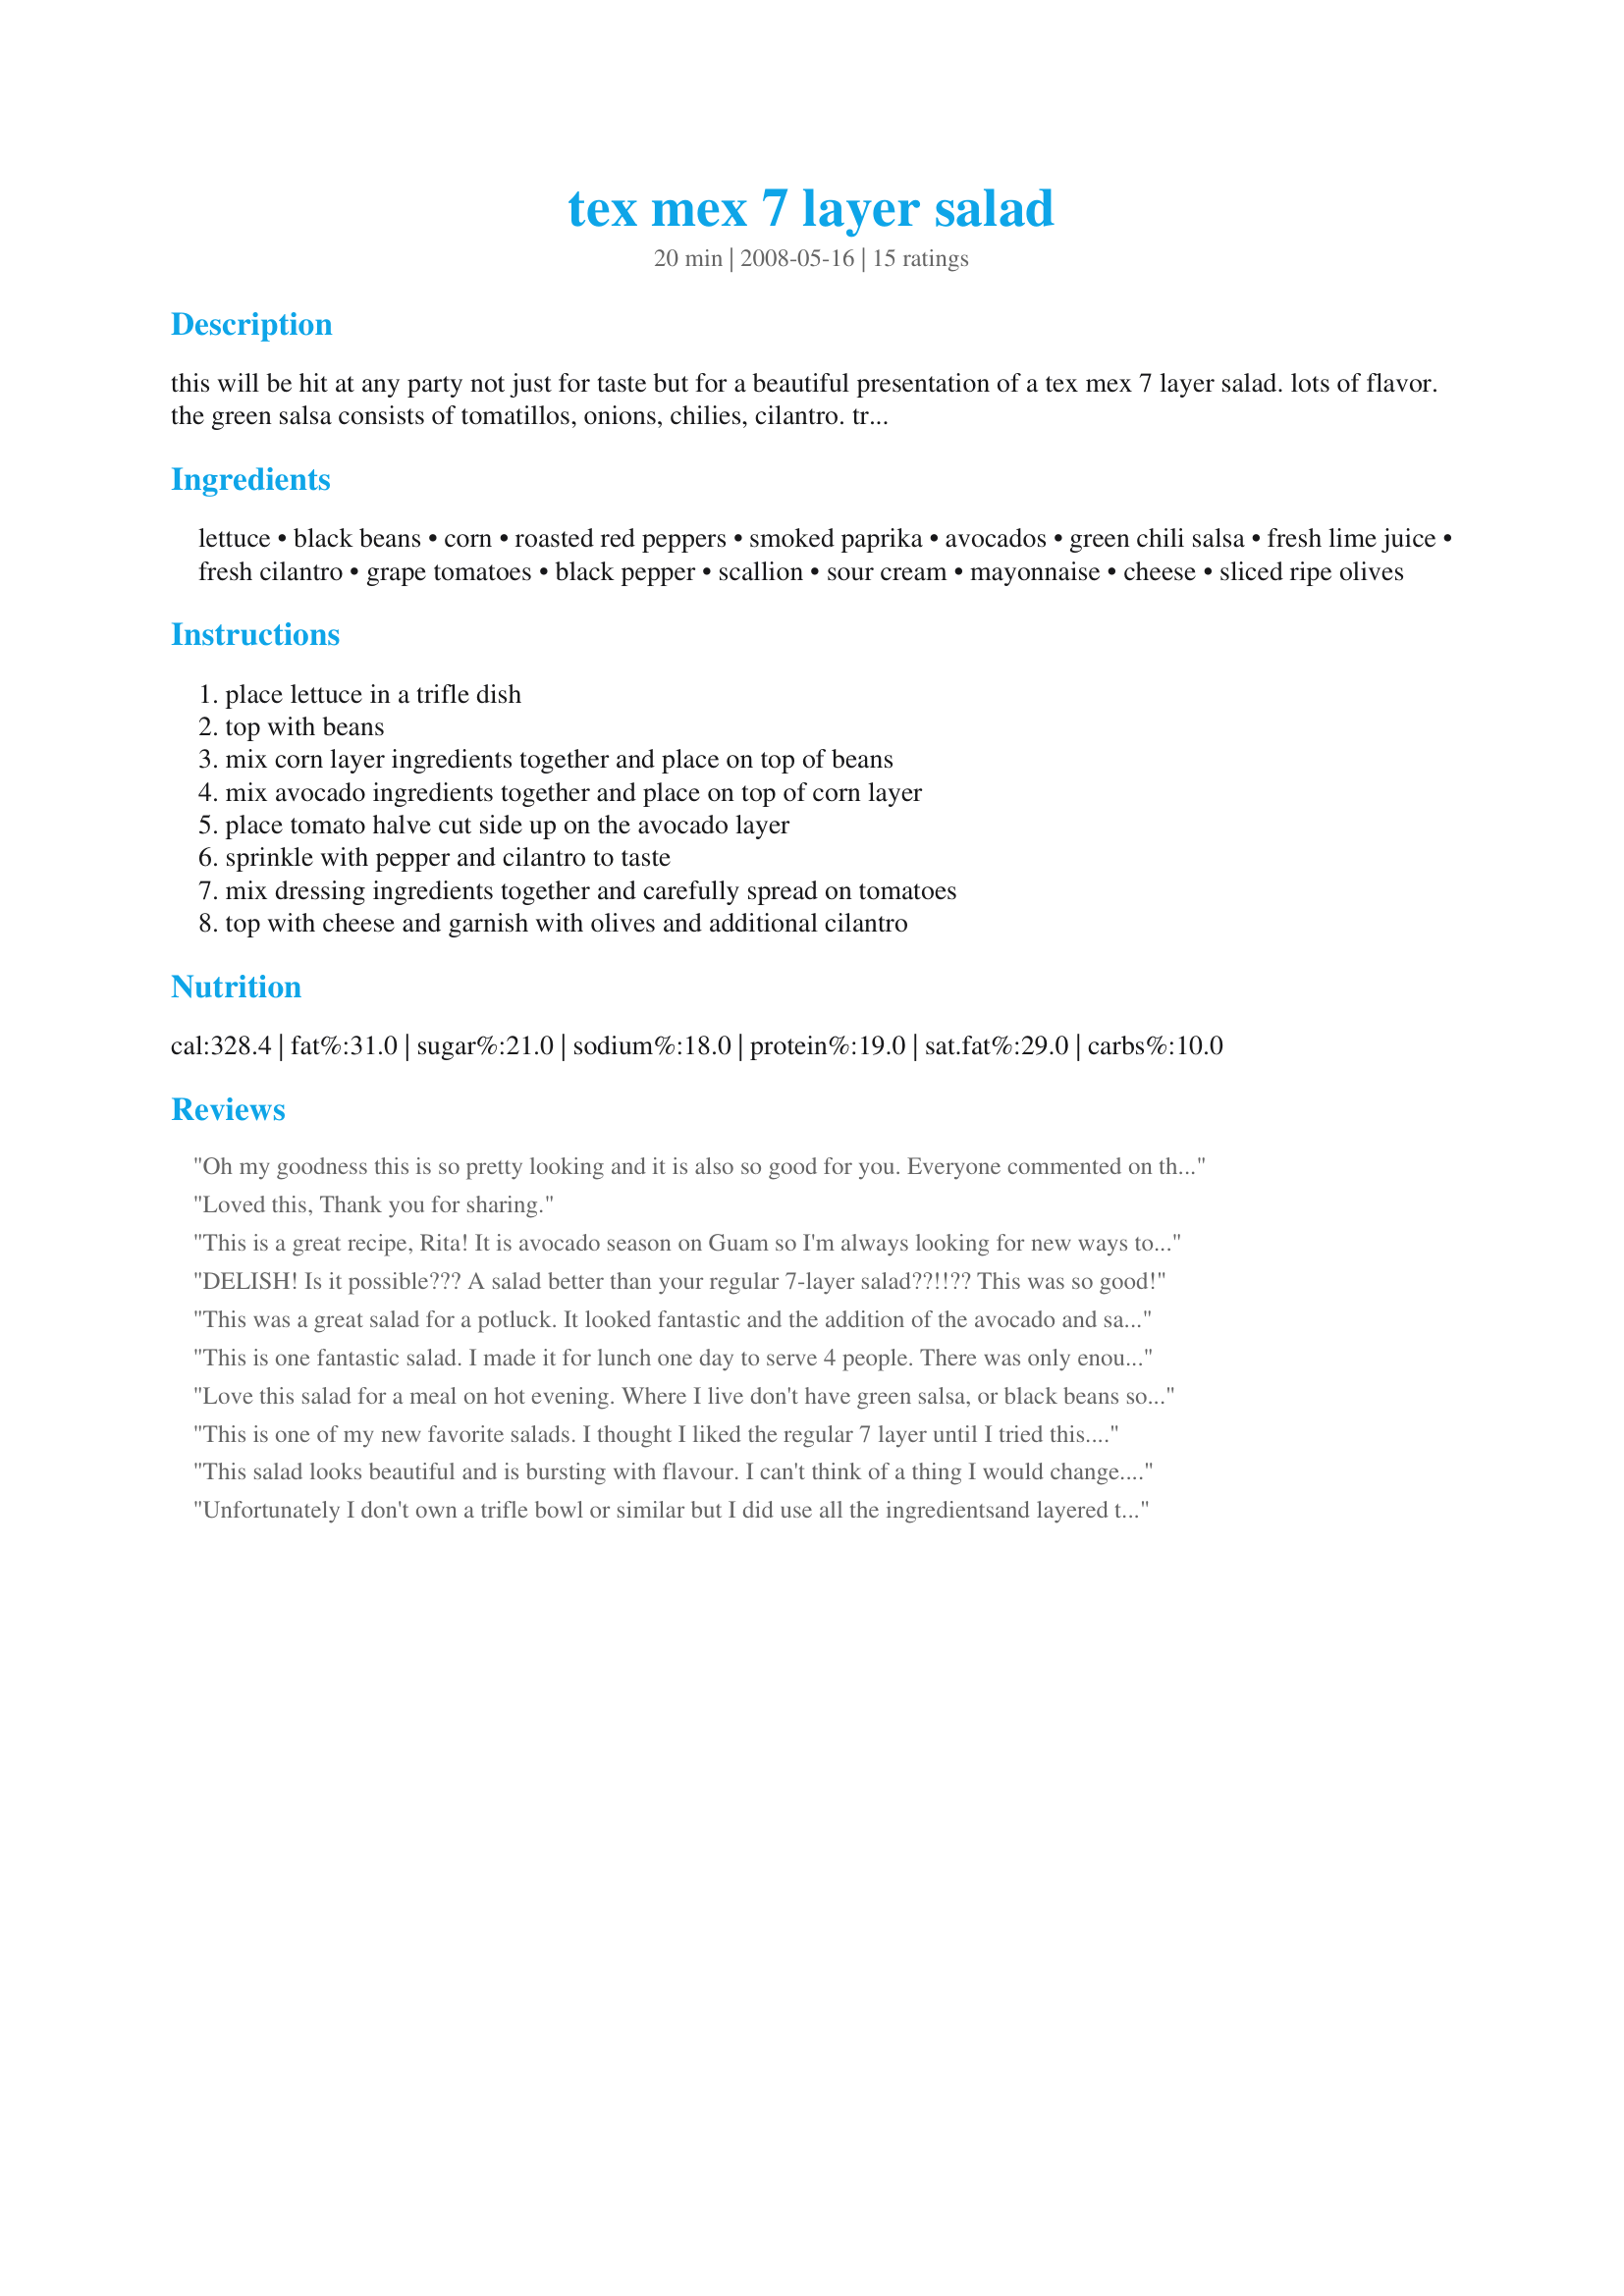
tex mex 7 layer salad
Preparation time: 20 minutes

this will be hit at any party not just for taste but for a beautiful presentation of a tex mex 7 layer salad. lots of flavor.
the green salsa consists of tomatillos, onions, chilies, cilantro. try one of these recipe #84339 or recipe #97531 or buy your favorite brand of salsa verde.
salad can be made the day before and refrigerated.

Ingredients:
lettuce, black beans, corn, roasted red peppers, smoked paprika, avocados, green chili salsa, fresh lime juice, fresh cilantro, grape tomatoes, black pepper, scallion, sour cream, mayonnaise, cheese, sliced ripe olives

Steps:
place lettuce in a trifle dish, top with beans, mix corn layer ingredients together and place on top of beans, mix avocado ingredients together and place on top of corn layer, place tomato halve cut side up on the avocado layer, sprinkle with pepper and cilantro to taste, mix dressing ingredients together and carefully spread on tomatoes, top with cheese and garnish with olives and additional cilantro

Reviews:
Oh my goodness this is so pretty looking and it is also so good for you. Everyone commented on this when we had some on Friday. Hmmmm hmmm Hmmm.<br/><br/>From Emilia Misiura
Loved this, Thank you for sharing.
This is a great recipe, Rita! It is avocado season on Guam so I'm always looking for new ways to use avocado instead of the standard guacamole. I cut thin slices of a corn tortilla, fried them until crisp then sprinkled them with sea salt and ancho chili powder then added this layer before the dressing. I used the Jalapeno Tequila Green Hot Sauce from Blair's Heat Collection. I served this with grilled chicken breasts and my DH ended up dicing his chicken and adding it to the salad. Thanks for posting!
DELISH! Is it possible??? A salad better than your regular 7-layer salad??!!?? This was so good!
This was a great salad for a potluck. It looked fantastic and the addition of the avocado and salsa verde gave it a different(and tasty) spin from the usual layered salads. Will definitely make again.
This is one fantastic salad. I made it for lunch one day to serve 4 people. There was only enough left over for 1 person the next day. I used a green salsa for the green chili salsa and added a splash of hot sauce and dried cilantro as that is what I had on hand. I will be making this again in the near future.
Love this salad for a meal on hot evening. Where I live don't have green salsa, or black beans so I sub kidney beans and normal salsa... taste is still great! Thank you.
This is one of my new favorite salads. I thought I liked the regular 7 layer until I tried this. This is a meal!
This salad looks beautiful and is bursting with flavour. I can't think of a thing I would change. I used jarred roasted peppers, red kidney beans and grated cheddar cheese> 4 of us ate most of it and I enjoyed the little there was leftover for my lunch at work today. I think the flavours were even better after a night in the fridge.
Unfortunately I don't own a trifle bowl or similar but I did use all the ingredients<br/>and layered them in rows on a platter. Very pretty presentation! <br/>Made fresh salsa and this is not only very satisfying and pretty salad but healthy, too!<br/>I replaced some of the black beans with kidney beans and garbanzos. Fresh cotija from<br/>a local source. Reviewed for Veg Tag/February.
Delicioso! I was pressed for time, so just threw this together, in a single serving size and it came out great. I didn't bother to mix anything, just layered and sprinkled. Very good.
I think I just found me a new favorite salad recipe! So yummy and flavorful. Love all the different textures as you dig down through the salad. This is a real winner here!
Perhaps I shouldn't rate this using stars as, for health reasons only, I didn't follow the recipe exactly. Substitutions were: I used jarred roasted red peppers, dried cilantro, lite sour cream (try plain yogurt, instead?), Miracle Whip salad dressing, & left off the olives. Very nice, indeed! Now, I just need a pretty trifle dish to show this off!!! Made & shared with grateful friends on 5/8/09. Thanks Rita, I will make this often!
Great to make the day before! Have made this salad for many parties, even doubling it. Don't need a trifle bowl, any glass bowl will do, even a casserole dish or plastic salad spinner bowl for summer picnics. Some of my Hispanic friends have asked for the recipe, it's so pretty. Also, it's flexible. Have used Ro*Tel diced tomato salsa, added or omitted what I had or didn't have and it's still yummy!
I don&#039;t know what was the best part of this recipe, the ease of making, how pretty it looked or the great taste. This is one I&#039;ll be making again and again Loved it all
